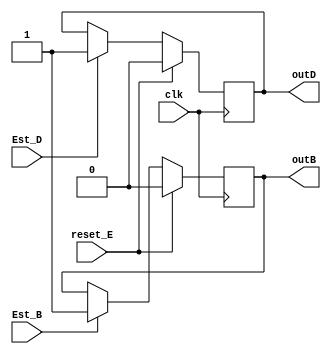
`timescale 1ns / 1ps


module RegistrosEstados(
    input clk,
    input reset_E,
    input Est_B,
    input Est_D,
    output outB,
    output outD
    );
    ////////////////EstadoB///////////////////
    reg state_B;
    always @(posedge clk) begin      
        if(reset_E == 1)
            state_B <= 0;
        else if (Est_B == 1) 
            state_B <=1 ;      
    end  
    assign outB = state_B;
    ////////////////////////////////////////////
    
//     ////////////////EstadoC///////////////////
//    reg state_C;
//    always @(posedge clk) begin      
//        if(reset_E == 1)
//            state_C <= 0;
//        else if (Est_C == 1) 
//            state_C <=1 ;      
//    end  
//    assign outC = state_C;
//    ////////////////////////////////////////////
    
    
    ////////////////EstadoD///////////////////
    reg state_D;
    always @(posedge clk) begin      
        if(reset_E == 1)
            state_D <= 0;
        else if (Est_D == 1) 
            state_D <=1 ;      
    end  
    assign outD = state_D;
    ////////////////////////////////////////////
endmodule